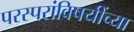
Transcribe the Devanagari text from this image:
परस्परांविषयींच्या